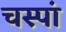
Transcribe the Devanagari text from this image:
चस्पां